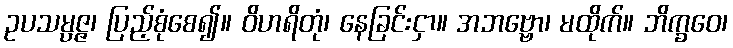
ဥပသမ္ပဇ္ဇ၊ ပြည့်စုံစေ၍။ ဝိဟရိတုံ၊ နေခြင်းငှာ။ အဘဗ္ဗော၊ မထိုက်။ ဘိက္ခဝေ၊